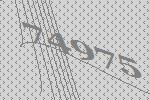
74975